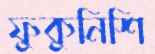
ফুকুনিশি